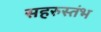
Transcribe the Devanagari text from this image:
सहरुस्तंभ